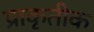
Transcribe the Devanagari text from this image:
प्राकृतीक